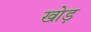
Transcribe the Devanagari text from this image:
खोड़